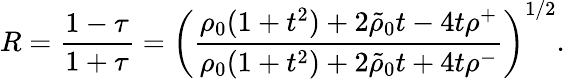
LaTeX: R={\frac{1-\tau}{1+\tau}}=\left({\frac{\rho_{0}(1+t^{2})+2\tilde{\rho}_{0}t-4t\rho^{+}}{\rho_{0}(1+t^{2})+2\tilde{\rho}_{0}t+4t\rho^{-}}}\right)^{1/2}.